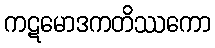
ကဋမောဒကတိဿကော